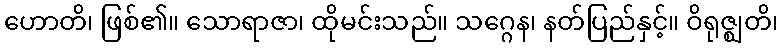
ဟောတိ၊ ဖြစ်၏။ သောရာဇာ၊ ထိုမင်းသည်။ သဂ္ဂေန၊ နတ်ပြည်နှင့်။ ဝိရုဇ္ဈတိ၊